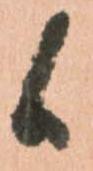
候